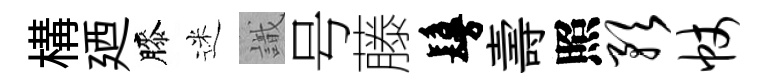
構廼膝迷識号藤鬘壽照预帐